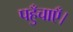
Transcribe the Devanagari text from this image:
पहुँचाएँ।